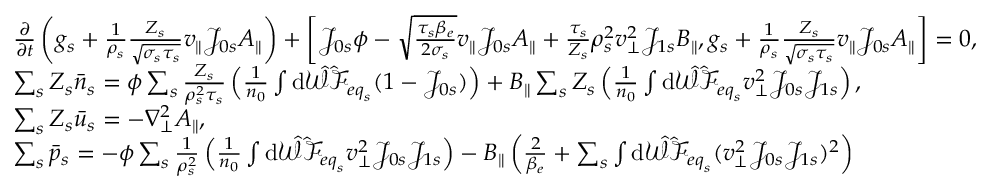
\begin{array} { r l } & { \frac { \partial } { \partial t } \left( g _ { s } + \frac { 1 } { \rho _ { s } } \frac { Z _ { s } } { \sqrt { \sigma _ { s } \tau _ { s } } } v _ { \parallel } \mathcal { J } _ { 0 s } A _ { \parallel } \right) + \left[ \mathcal { J } _ { 0 s } \phi - \sqrt { \frac { \tau _ { s } \beta _ { e } } { 2 \sigma _ { s } } } v _ { \parallel } \mathcal { J } _ { 0 s } A _ { \parallel } + \frac { \tau _ { s } } { Z _ { s } } \rho _ { s } ^ { 2 } v _ { \perp } ^ { 2 } \mathcal { J } _ { 1 s } B _ { \parallel } , g _ { s } + \frac { 1 } { \rho _ { s } } \frac { Z _ { s } } { \sqrt { \sigma _ { s } \tau _ { s } } } v _ { \parallel } \mathcal { J } _ { 0 s } A _ { \parallel } \right] = 0 , } \\ & { \sum _ { s } Z _ { s } \bar { n } _ { s } = \phi \sum _ { s } \frac { Z _ { s } } { \rho _ { s } ^ { 2 } \tau _ { s } } \left( \frac { 1 } { n _ { 0 } } \int \mathrm { d } \hat { \mathcal { W } } \hat { \mathcal { F } } _ { { e q } _ { s } } ( 1 - \mathcal { J } _ { 0 s } ) \right) + B _ { \parallel } \sum _ { s } Z _ { s } \left( \frac { 1 } { n _ { 0 } } \int \mathrm { d } \hat { \mathcal { W } } \hat { \mathcal { F } } _ { { e q } _ { s } } v _ { \perp } ^ { 2 } \mathcal { J } _ { 0 s } \mathcal { J } _ { 1 s } \right) , } \\ & { \sum _ { s } Z _ { s } \bar { u } _ { s } = - \nabla _ { \perp } ^ { 2 } A _ { \parallel } , } \\ & { \sum _ { s } \bar { p } _ { s } = - \phi \sum _ { s } \frac { 1 } { \rho _ { s } ^ { 2 } } \left( \frac { 1 } { n _ { 0 } } \int \mathrm { d } \hat { \mathcal { W } } \hat { \mathcal { F } } _ { { e q } _ { s } } v _ { \perp } ^ { 2 } \mathcal { J } _ { 0 s } \mathcal { J } _ { 1 s } \right) - B _ { \parallel } \left( \frac { 2 } { \beta _ { e } } + \sum _ { s } \int \mathrm { d } \hat { \mathcal { W } } \hat { \mathcal { F } } _ { { e q } _ { s } } ( v _ { \perp } ^ { 2 } \mathcal { J } _ { 0 s } \mathcal { J } _ { 1 s } ) ^ { 2 } \right) } \end{array}